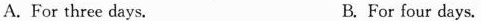
A.For three days. B. For four days.